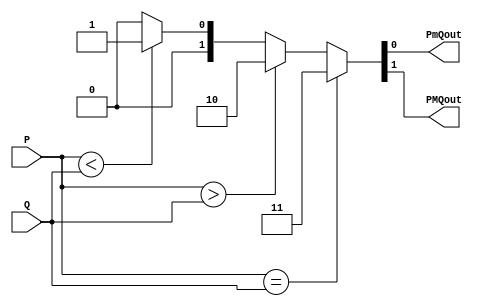
module MagComp885 (PmQout, PMQout, P, Q);
  input [3:0] 	P,Q;
  output 		PmQout, PMQout;
  //reg 		   PmQout, PMQout; //Para el always

  assign {PMQout, PmQout} = ( P== Q )? 2'b11 : ( P>Q )? 2'b10 : ( P<Q )? 2'b01 : 2'b00;
    
//  always@(*)
//begin
//	{PMQout, PmQout} = 2'b00; //Inicializacion por default
//	
//	if(P==Q) 
//	{PMQout, PmQout} = 2'b11;
//	else
//	if(P>Q)
//	{PMQout, PmQout} = 2'b10;
//	else
//	if(P<Q)
//		{PMQout, PmQout} = 2'b01;
//		// observe en el RTL viewer como se construyen latches sin estas dos siguientes lineas
//	else     
//		{PMQout, PmQout} = 2'b00;
//end

endmodule